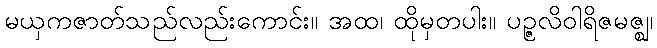
မယှကဇာတ်သည်လည်းကောင်း။ အထ၊ ထိုမှတပါး။ ပဉ္ဇလိဝါရိဇမဇ္ဈ၊